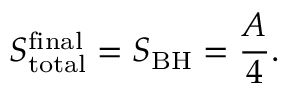
S _ { \mathrm { t o t a l } } ^ { \mathrm { f i n a l } } = S _ { \mathrm { B H } } = \frac { A } { 4 } .